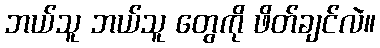
ဘယ်သူ ဘယ်သူ တွေကို ဖိတ်ချင်လဲ။